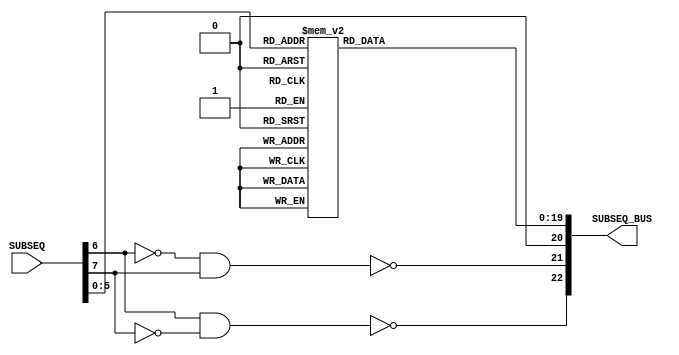
module ng_SUB(
	input 	  [ 7:0]		SUBSEQ,			// Sub-Sequence input
	output     [22:0]		SUBSEQ_BUS		// Sub sequence output
);

// --------------------------------------------------------------------
// Input assignments:
// --------------------------------------------------------------------
wire 			SB_02 = SUBSEQ[  7];		// Sub-Select 2
wire 			SB_01 = SUBSEQ[  6];		// Sub-Select 1
wire [ 3:0]	SQ    = SUBSEQ[5:2];		// Sequence Pulses
wire 			STB_1	= SUBSEQ[  1];		// Stage 1
wire 			STB_0	= SUBSEQ[  0];		// Stage 0

// --------------------------------------------------------------------
// Output assignments
// --------------------------------------------------------------------
assign SUBSEQ_BUS[22  ] = PINC; 
assign SUBSEQ_BUS[21  ] = MINC; 
assign SUBSEQ_BUS[20:0] = NSUBSQ;

// --------------------------------------------------------------------
// Sub-branch decode
// --------------------------------------------------------------------
wire PINC = !( SB_01 & !SB_02);	// Decode SB signals
wire MINC = !(!SB_01 &  SB_02);  

// --------------------------------------------------------------------
// Sub Sequence decoder - only needed for debugging
// --------------------------------------------------------------------
reg [19:0]  NSUBSQ;                           // Sub sequence output
wire [5:0]  subseq = {SQ[3:0], STB_1,STB_0};  // Decoder address

always @(subseq) begin                                 //      (Dec) (Oct) (Dec   Dec)
   case(subseq)                                        // Sgnl  Indx        Row   Col
      6'b0000_00 : NSUBSQ <= 20'b11111111111111111110; // TC0   =  0  o00 _ 0       0
      6'b0001_00 : NSUBSQ <= 20'b11111111111111111101; // CCS0  =  1  o01 _ 0       1
      6'b0010_00 : NSUBSQ <= 20'b11111111111111111011; // CCS1  =  2  o02 _ 0       2
      6'b0011_00 : NSUBSQ <= 20'b11111111111111110111; // NDX0  =  3  o03 _ 0       3
      6'b1001_00 : NSUBSQ <= 20'b11111111111111101111; // NDX1  =  4  o11 _ 0       4
      6'b1010_00 : NSUBSQ <= 20'b11111111111111011111; // RSM3  =  5  o12 _ 0       5
      6'b1011_00 : NSUBSQ <= 20'b11111111111110111111; // XCH0  =  6  o13 _ 0       6
      6'b1100_00 : NSUBSQ <= 20'b11111111111101111111; // CS0   =  7  o14 _ 0       7
      6'b1101_00 : NSUBSQ <= 20'b11111111111011111111; // TS0   =  8  o15 _ 0       8
      6'b1110_00 : NSUBSQ <= 20'b11111111110111111111; // AD0   =  9  o16 _ 0       9
      6'b1111_00 : NSUBSQ <= 20'b11111111101111111111; // MASK0 = 10  o17 _ 0      10
      6'b0000_01 : NSUBSQ <= 20'b11111111011111111111; // MP0   = 11  o00 _ 1      11
      6'b0001_01 : NSUBSQ <= 20'b11111110111111111111; // MP1   = 12  o01 _ 1      12
      6'b0010_01 : NSUBSQ <= 20'b11111101111111111111; // MP3   = 13  o02 _ 1      13
      6'b1001_01 : NSUBSQ <= 20'b11111011111111111111; // DV0   = 14  o11 _ 1      14
      6'b1010_01 : NSUBSQ <= 20'b11110111111111111111; // DV1   = 15  o12 _ 1      15
      6'b0000_10 : NSUBSQ <= 20'b11101111111111111111; // SU0   = 16  o00 _ 2      16
      6'b0011_10 : NSUBSQ <= 20'b11011111111111111111; // RUPT1 = 17  o03 _ 2      17
      6'b1010_10 : NSUBSQ <= 20'b10111111111111111111; // RUPT3 = 18  o12 _ 2      18
      6'b1011_10 : NSUBSQ <= 20'b01111111111111111111; // STD2  = 19  o13 _ 2      19
      default    : NSUBSQ <= 20'b11111111111111111111; // NOSEQ = XX  All others 
   endcase 
end 

// --------------------------------------------------------------------
endmodule